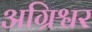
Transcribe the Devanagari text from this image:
अग्रिश्वर